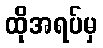
ထိုအရပ်မှ